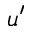
u ^ { \prime }